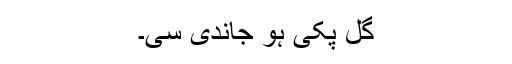
گل پکی ہو جاندی سی۔